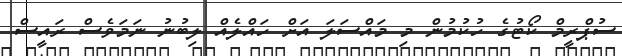
ސުޕްރީމް ކޯޓުގެ ހުކުމުން މި މައްސަލަ އަށް ހައްލެއް ލިބުނު ނަމަވެސް ރައީސް